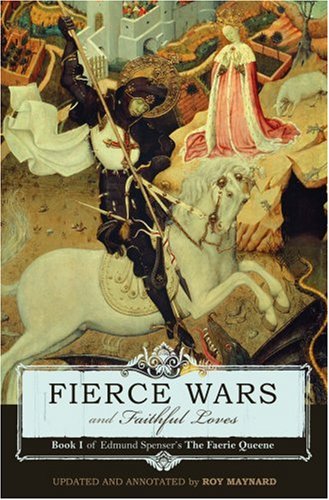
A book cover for Fierce Wars and Faithful Loves: Book I of Edmund Spenser's The Faerie Queene; Edmund Spenser; Teen & Young Adult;